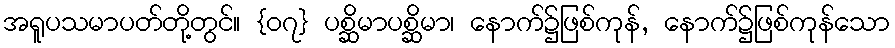
အရူပသမာပတ်တို့တွင်။ {၀၇} ပစ္ဆိမာပစ္ဆိမာ၊ နောက်၌ဖြစ်ကုန်, နောက်၌ဖြစ်ကုန်သော